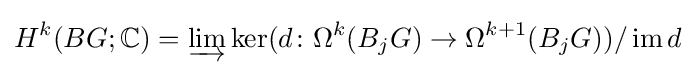
H^{k}(BG;\mathbb {C} )=\varinjlim \operatorname {ker} (d\colon \Omega ^{k}(B_{j}G)\to \Omega ^{k+1}(B_{j}G))/\operatorname {im} d